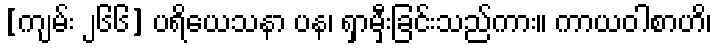
[ကျမ်း ၂၆၆] ပရိယေသနာ ပန၊ ရှာမှီးခြင်းသည်ကား။ ကာယဝါစာဟိ၊